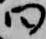
曰